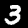
Digit: 3